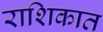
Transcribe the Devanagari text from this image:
राशिकात